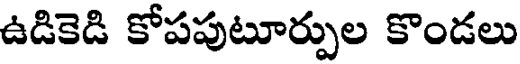
ఉడికెడి కోపపుటూర్పుల కొండలు